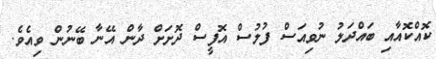
ކޮއްކޮއާއި ބައްދަލު ނުވިއަސް ފުލުސް އޮފީސް ދޮށަށް ދާން އޭނާ ބޭނުން ވިއެވެ.